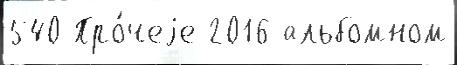
540 Про́чеjе 2016 альбомном